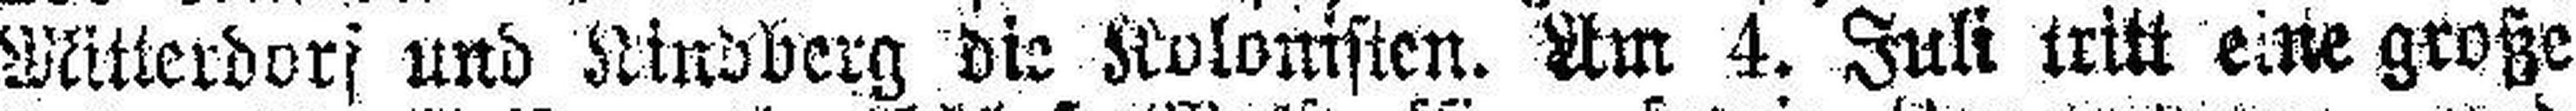
Mitterdorf und Kindberg die Kolonisten. Um 4. Juli tritt eine große